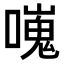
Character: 𠿯